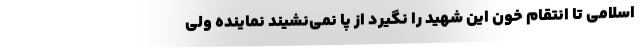
اسلامی تا انتقام خون این شهید را نگیرد از پا نمی‌نشیند نماینده ولی